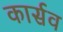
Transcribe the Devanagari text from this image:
कार्सव